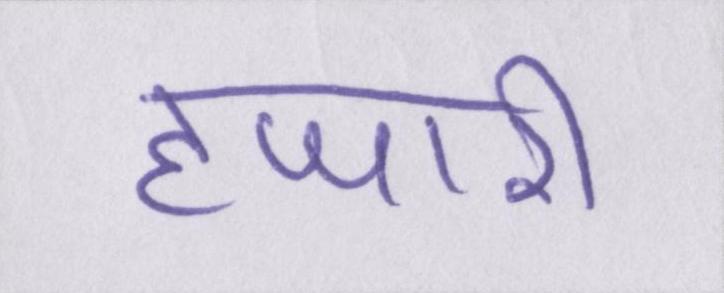
हजारी